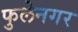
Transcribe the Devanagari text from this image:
फुलेनगर